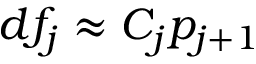
d f _ { j } \approx C _ { j } p _ { j + 1 }